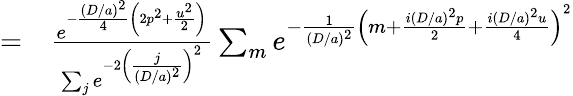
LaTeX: \begin{array}{rl}{=}&{{}\frac{e^{-\frac{(D/a)^{2}}{4}\left(2p^{2}+\frac{u^{2}}{2}\right)}}{\sum_{j}e^{-2\left(\frac{j}{(D/a)^{2}}\right)^{2}}}\sum_{m}e^{-\frac{1}{(D/a)^{2}}\left(m+\frac{i(D/a)^{2}p}{2}+\frac{i(D/a)^{2}u}{4}\right)^{2}}}\end{array}